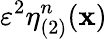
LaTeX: \varepsilon^{2}\eta_{(2)}^{n}(\mathbf{x})